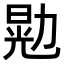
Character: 𫦴